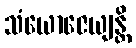
သံယောဇေယျန္တိ